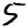
Digit: 5